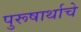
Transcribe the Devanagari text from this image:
पुरूषार्थाचे